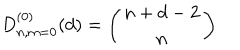
D _ { n , m = 0 } ^ { ( 0 ) } ( d ) = \left( \begin{array} { c } { { n + d - 2 } } \\ { { n } } \\ \end{array} \right)